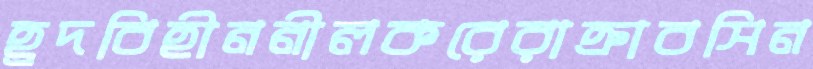
হ্রদবিহীননীলকরেরাক্রাবসিন